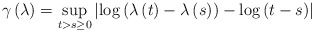
\begin{align*}\gamma \left( \lambda \right) = \sup_{t > s \geq 0} \left\vert \log \left( \lambda \left( t \right) - \lambda \left( s \right) \right) - \log \left( t - s \right) \right\vert\end{align*}